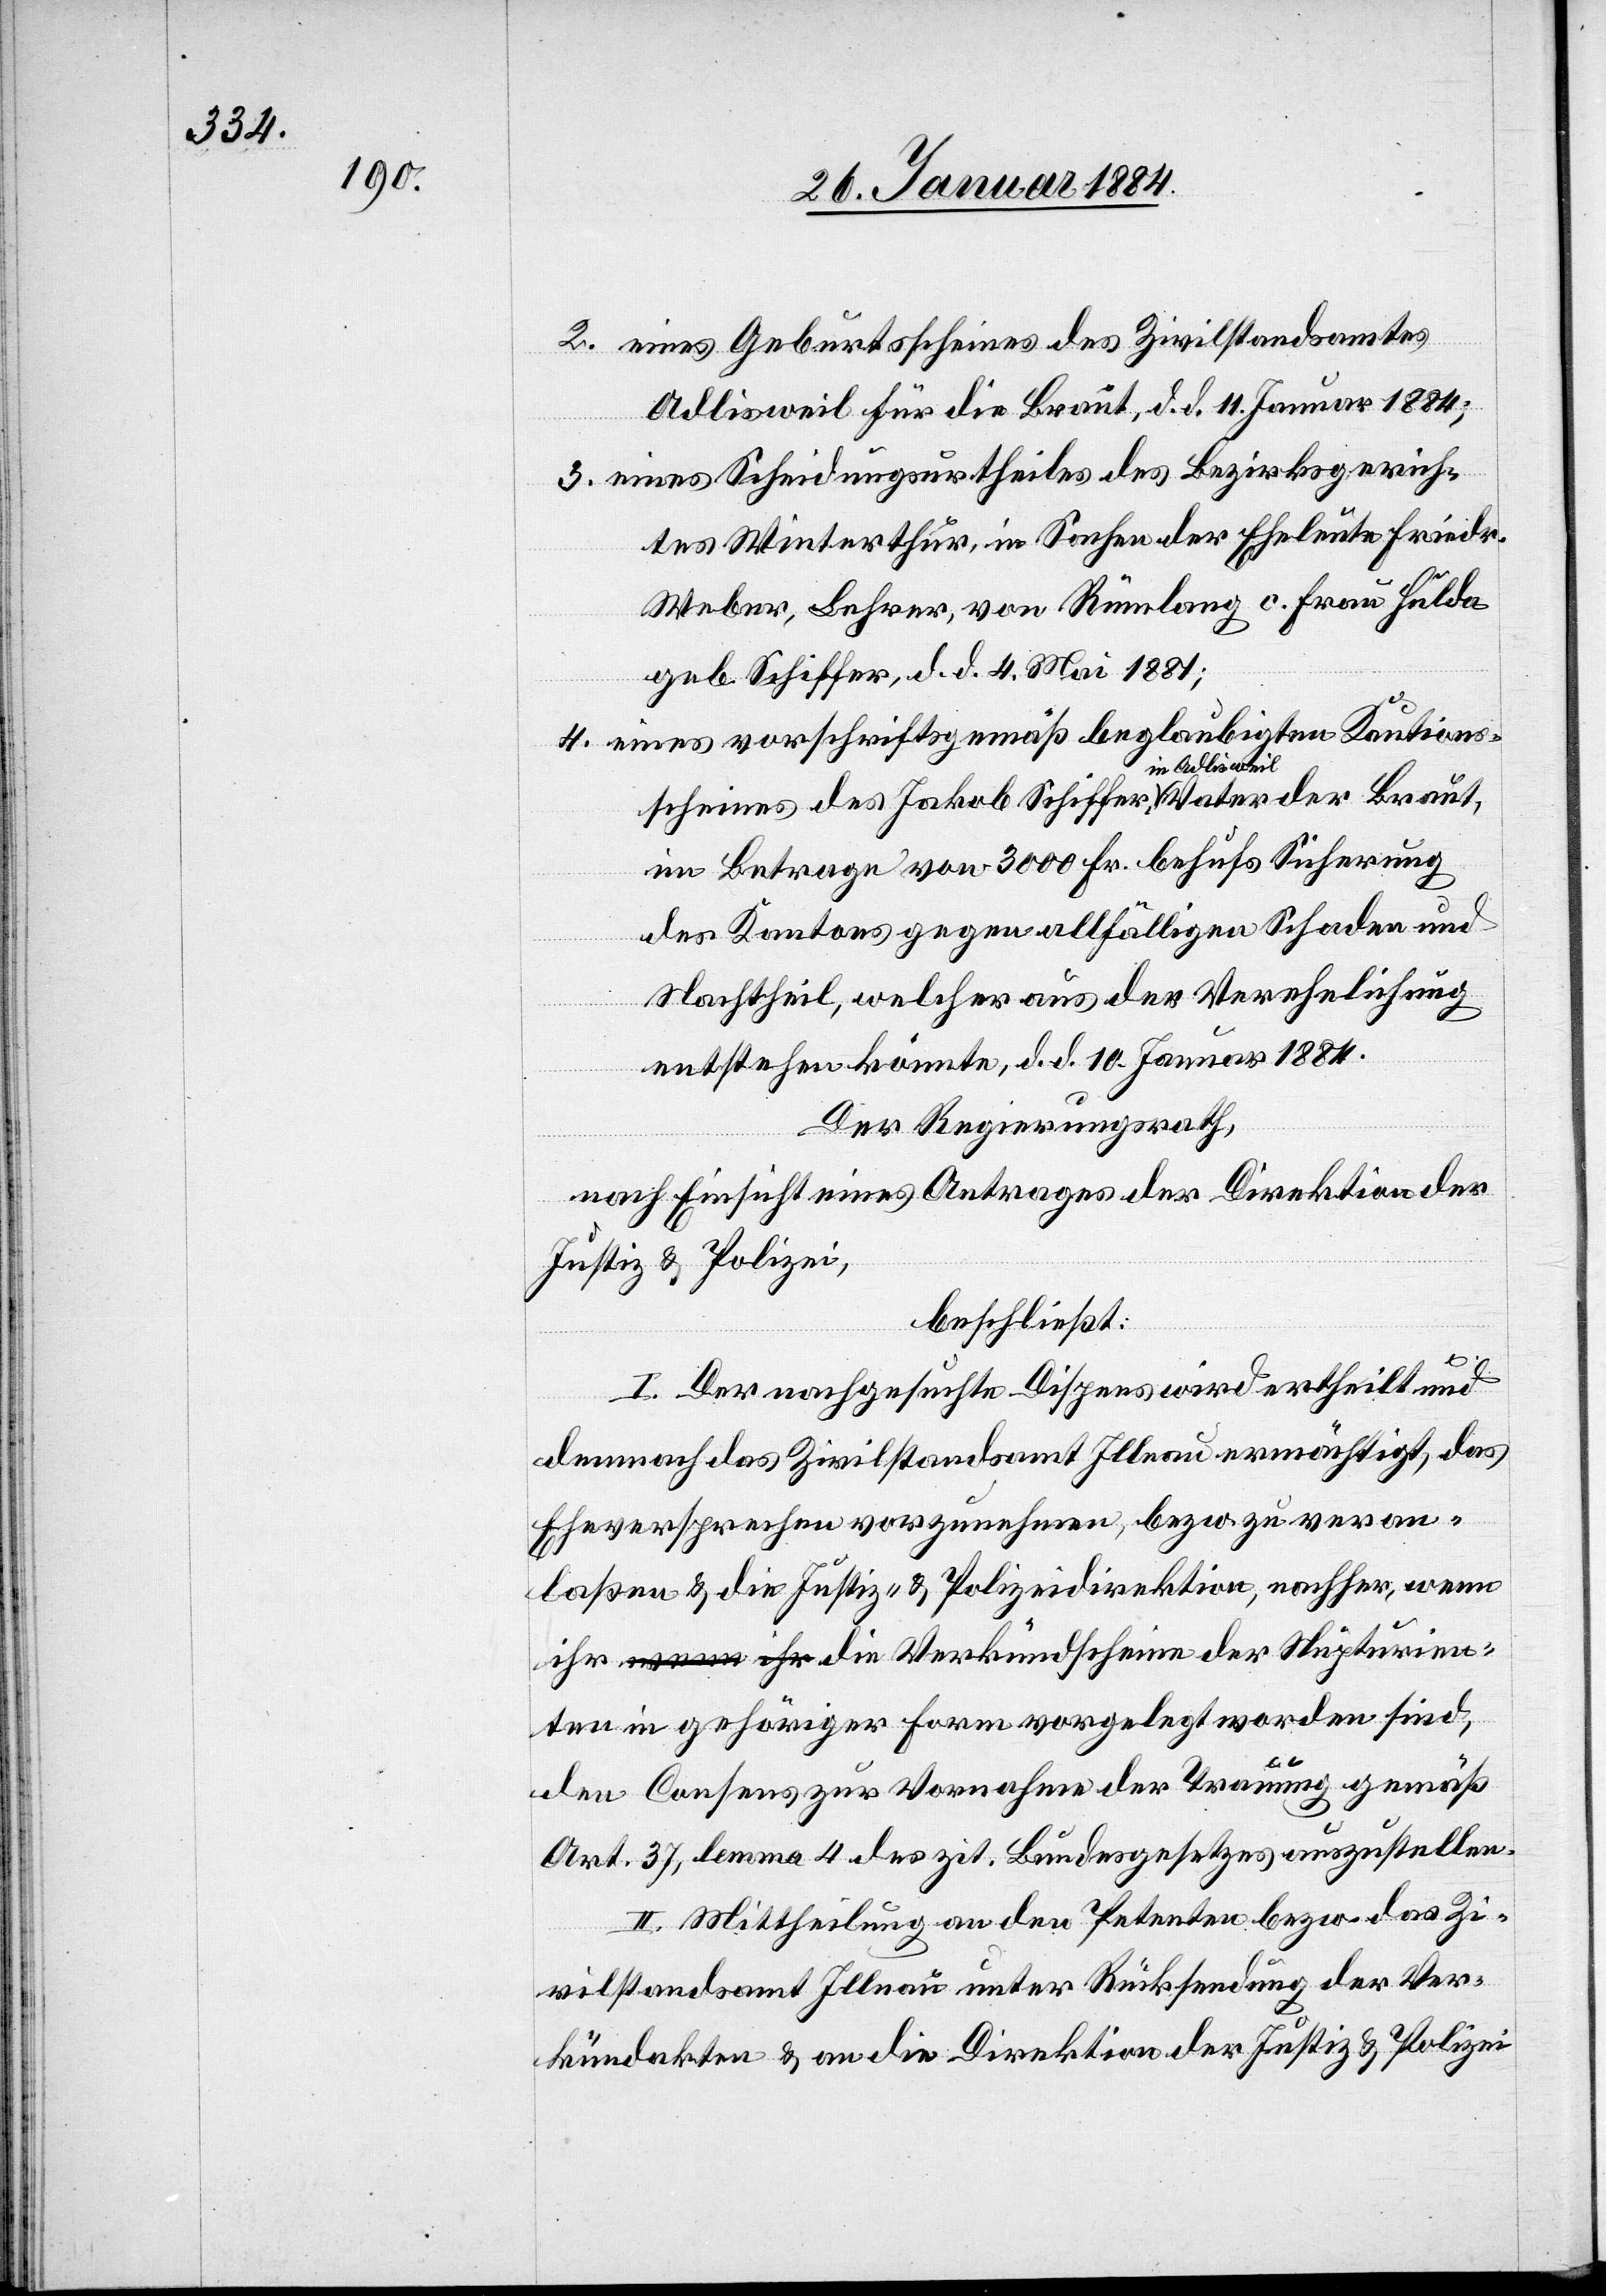
2. eines Geburtsscheines des Zivilstandsamtes
Adlisweil für die Braut, d. d. 11 Januar 1884;
3. eines Scheidungsurtheiles des Bezirksgerich¬
tes Winterthur, in Sachen der Eheleute Friedri.
Weber, Lehrer, von Rümlang c. Frau Hulda
geb. Schiffer, d. d. 4. Mai 1881;
4. eines vorschriftsgemäß beglaubigten Kautions¬
scheines des Jakob Schiffer in Adlisweil, Vater der Braut,
im Betrage von 3000 Fr. behufs Sicherung
des Kantons gegen allfälligen Schaden und
Nachtheil, welcher aus der Verehelichung
entstehen könnte, d. d. 10. Januar 1884.
Der Regierungsrath,
nach Einsicht eines Antrages der Direktion der
Justiz & Polizei,
beschließt:
I. Der nachgesuchte Dispens wird ertheilt und
demnach das Zivilstandsamt Illnau ermächtigt, das
Eheversprechen vorzunehmen, bzw. zu veran¬
laßen & die Justiz- & Polizeidirektion, nachher, wen¬
n ihr die Verkündscheine der Nupturien¬
ten in gehöriger Form vorgelegt worden sind,
den Consens zur Vornahme der Trauung gemäß
Art. 37, lemma 4 des zit. Bundesgesetzes auszustellen.
II. Mittheilung an die Petenten bzw. das Zi¬
vilstandesamt Illnau unter Rücksendung der Ver¬
kündakten & an die Direktion der Justiz & Polizei